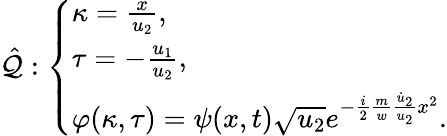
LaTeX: \hat{\mathcal{Q}}:\left\{ \begin{array}{ll}{\kappa=\frac{x}{u_{2}},}\\ {\tau=-\frac{u_{1}}{u_{2}},}\\ {\varphi(\kappa,\tau)=\psi(x,t)\sqrt{u_{2}}e^{-\frac{i}{2}\frac{m}{w}\frac{\dot{u}_{2}}{u_{2}}x^{2}}.}\end{array}\right.